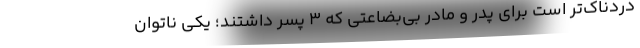
دردناک‌تر است برای پدر و مادر بی‌بضاعتی که ٣ پسر داشتند؛ یکی ناتوان